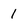
Character: 1